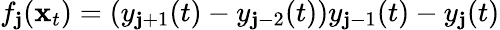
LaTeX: f_{\mathbf{j}}(\mathbf{x}_{t})=(y_{\mathbf{j}+1}(t)-y_{\mathbf{j}-2}(t))y_{\mathbf{j}-1}(t)-y_{\mathbf{j}}(t)